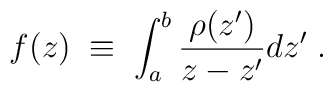
f(z)\;\equiv\; \int_a^b {\rho(z^\prime)\over z-z^\prime} d z^\prime\;.